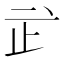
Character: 㱐